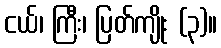
ငယ်၊ ကြီး၊ ပြတ်ကျိုး (၃)။